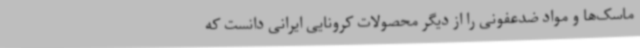
ماسک‌ها و مواد ضدعفونی را از دیگر محصولات کرونایی ایرانی دانست که